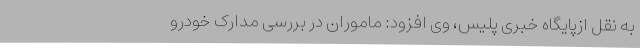
به نقل ازپایگاه خبری پلیس، وی افزود: ماموران در بررسی مدارک خودرو